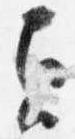
貞